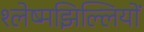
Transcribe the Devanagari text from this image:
श्लेष्मझिल्लियों